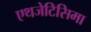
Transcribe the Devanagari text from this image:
एथजेटिसिमा